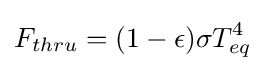
F_{thru}=(1-\epsilon )\sigma T_{eq}^{4}